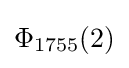
\Phi _{1755}(2)